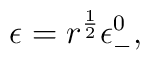
\epsilon =r^{\frac{1}{2}}\epsilon _{-}^{0},